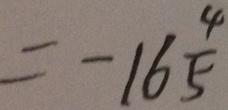
= - 1 6 \frac { 4 } { 5 }